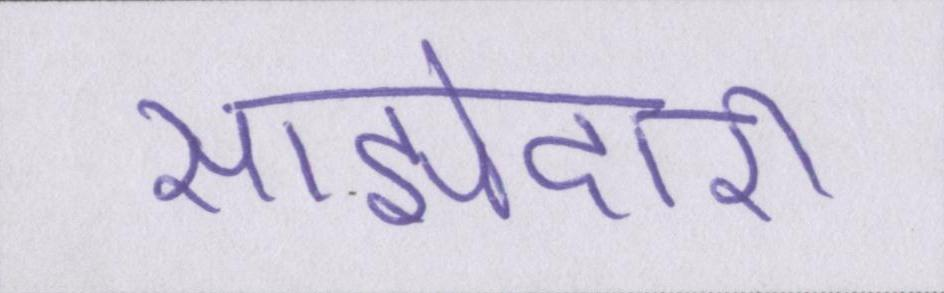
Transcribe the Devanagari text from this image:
साझेदारी